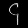
Digit: ၄